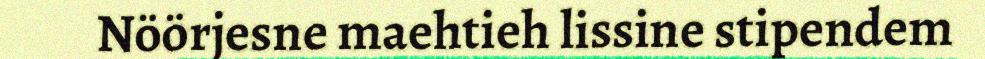
Nöörjesne maehtieh lissine stipendem